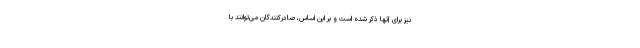
نیز برای آنها ذکر شده است و بر این اساس، صادرکنندگان می‌توانند با